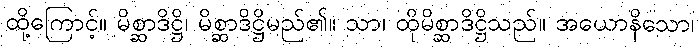
ထို့ကြောင့်။ မိစ္ဆာဒိဋ္ဌိ၊ မိစ္ဆာဒိဋ္ဌိမည်၏။ သာ၊ ထိုမိစ္ဆာဒိဋ္ဌိသည်။ အယောနိသော၊